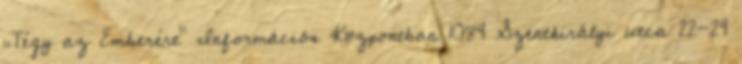
„Tégy az Emberért” Információs Központban 1084 Szentkirályi utca 22-24